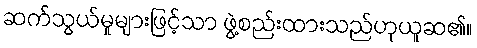
ဆက်သွယ်မှုများဖြင့်သာ ဖွဲ့စည်းထားသည်ဟုယူဆ၏။